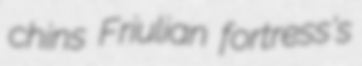
chins Friulian fortress's